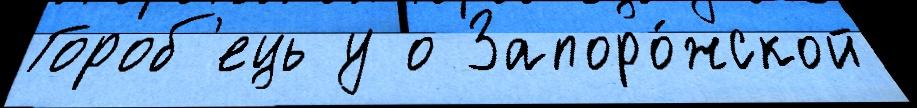
Гороб'ець у о Запоро́жской